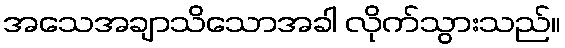
အသေအချာသိသောအခါ လိုက်သွားသည်။